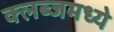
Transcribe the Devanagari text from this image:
क्लब्जमध्ये